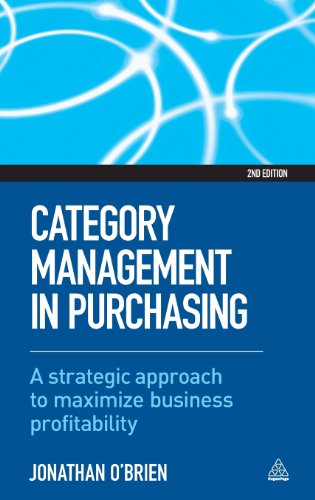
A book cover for Category Management in Purchasing: A Strategic Approach to Maximize Business Profitability; Jonathan O'Brien; Business & Money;